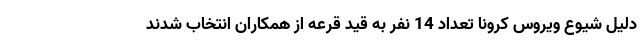
دلیل شیوع ویروس کرونا تعداد 14 نفر به قید قرعه از همکاران انتخاب شدند